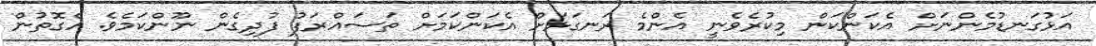
އަޅުގަނޑުމެންނަށް އެކަންކަން މިކުރެވެނީ އެންމެ ރަނގަޅަށް އެކަންކަމަށް ތަސައްރަފު ފުދިގެން ނޫންކަމެވެ. އެގޮތުން